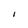
Character: I